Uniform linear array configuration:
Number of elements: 64
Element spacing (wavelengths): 1
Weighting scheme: binomial
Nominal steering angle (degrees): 15
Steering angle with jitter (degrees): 15.915
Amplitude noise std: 0.05
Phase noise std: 0.05

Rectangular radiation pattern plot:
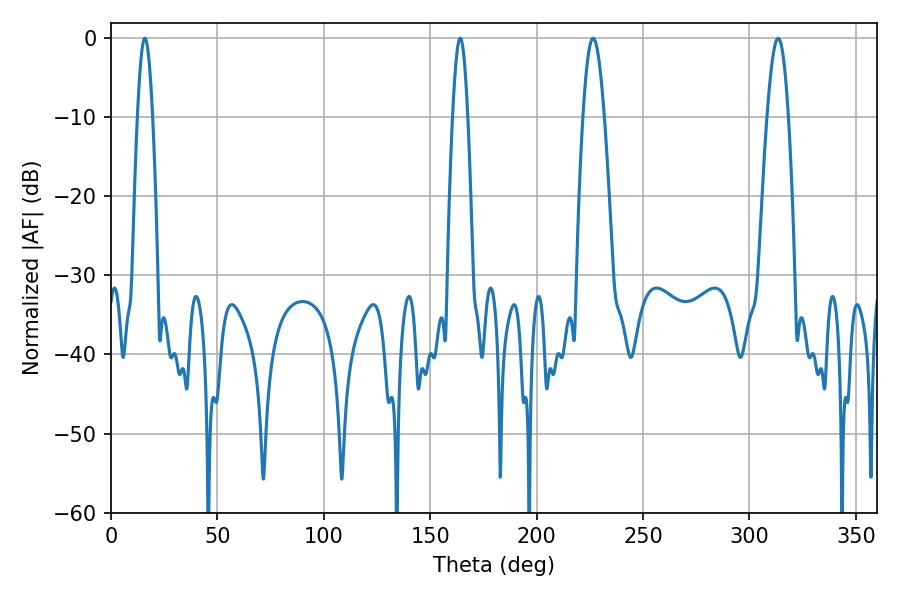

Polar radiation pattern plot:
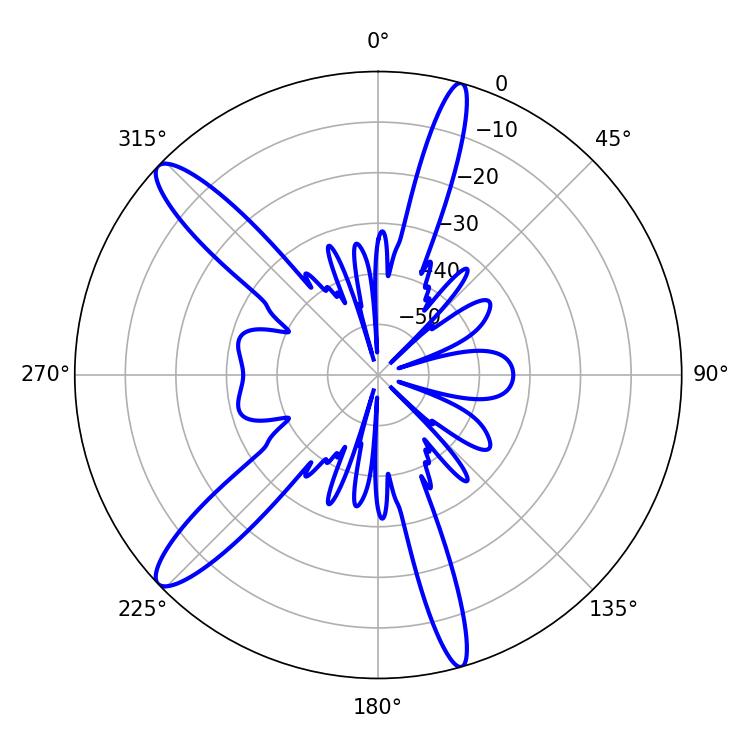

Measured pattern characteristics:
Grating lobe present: TRUE
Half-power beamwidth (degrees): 5.4
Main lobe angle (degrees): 226.44